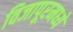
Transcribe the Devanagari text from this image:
विजापूरमध्ये